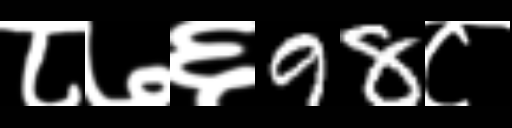
Text: ८७६98८